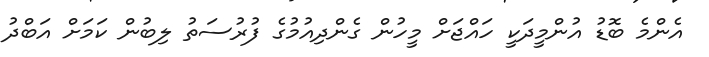
އެންމެ ބޮޑު އުންމީދަކީ ހައްޖަށް މީހުން ގެންދިއުމުގެ ފުރުސަތު ލިބުން ކަމަށް އަބްދު